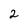
Character: 2